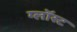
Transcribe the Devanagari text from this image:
ग्लॉस्ट